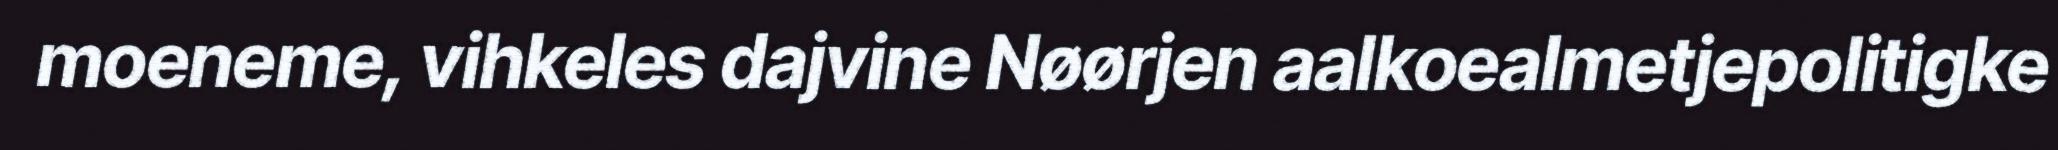
moeneme, vihkeles dajvine Nøørjen aalkoealmetjepolitigke